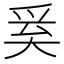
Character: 𭑑